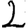
Digit: 2